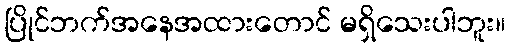
ပြိုင်ဘက်အနေအထားတောင် မရှိသေးပါဘူး။